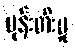
မုန်းတီးမှု